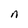
Character: n